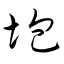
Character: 垉